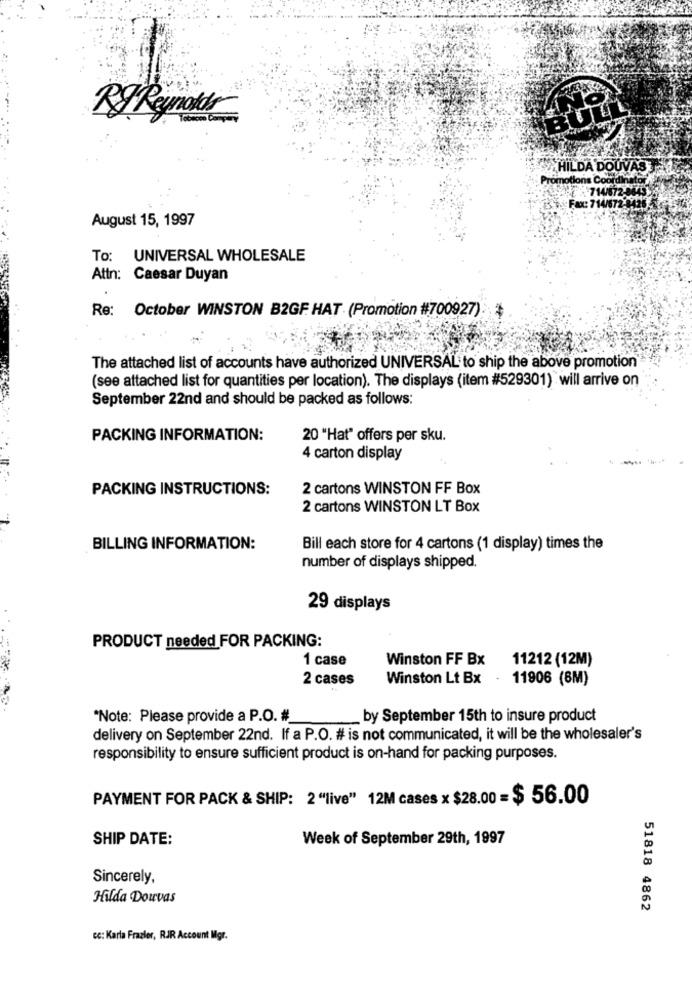
RJ Reynolds
HILDA DOUVAS
Promotions Coo
Fax: 7
August 15, 1997
To: UNIVERSAL WHOLESALE
Attn: Caesar Duyan
Re: October WINSTON B2GF HAT (Promotion #700927)
The attached list of accounts have authorized UNIVERSAL to ship the above promotion"
(see attached list for quantities per location). The displays (item #529301) will arrive on
September 22nd and should be packed as follows:
PACKING INFORMATION:
20 "Hat" offers per sku.
4 carton display
PACKING INSTRUCTIONS:
2 cartons WINSTON FF Box
2 cartons WINSTON LT Box
BILLING INFORMATION:
Bill each store for 4 cartons (1 display) times the
number of displays shipped.
29 displays
PRODUCT needed FOR PACKING:
1 case
Winston FF Bx
11212 (12M)
2 cases
Winston Lt Bx
- 11906 (BM)
*Note: Please provide a P.O. #
by September 15th to insure product
delivery on September 22nd. If a P.O. # is not communicated, it will be the wholesaler's
responsibility to ensure sufficient product is on-hand for packing purposes.
PAYMENT FOR PACK & SHIP: 2 "live" 12M cases x $28.00 = $ 56.00
SHIP DATE:
Week of September 29th, 1997
Sincerely,
Hilda Douvas
51818 4862
CC: Karla Frazier, RJR Account Mgr.